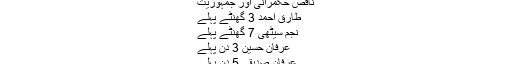
ناقص حکمرانی اور جمہوریت
طارق احمد 3 گھنٹے پہلے
نجم سیٹھی 7 گھنٹے پہلے
عرفان حسین 3 دن پہلے
عرفان صدیقی 5 دن پہلے